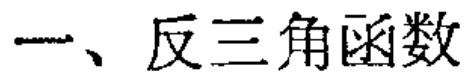
一、反三角函数